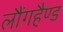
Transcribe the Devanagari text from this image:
लौंगहैण्ड